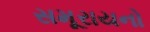
સમૂરાયનો